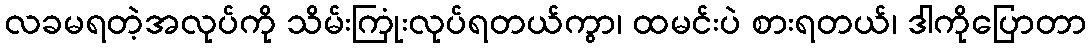
လခမရတဲ့အလုပ်ကို သိမ်းကြုံးလုပ်ရတယ်ကွာ၊ ထမင်းပဲ စားရတယ်၊ ဒါကိုပြောတာ